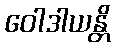
ဝေါဒါယန္တိ